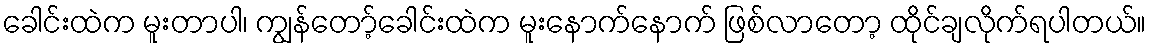
ခေါင်းထဲက မူးတာပါ၊ ကျွန်တော့်ခေါင်းထဲက မူးနောက်နောက် ဖြစ်လာတော့ ထိုင်ချလိုက်ရပါတယ်။